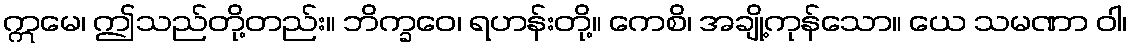
ဣမေ၊ ဤသည်တို့တည်း။ ဘိက္ခဝေ၊ ရဟန်းတို့။ ကေစိ၊ အချို့ကုန်သော။ ယေ သမဏာ ဝါ၊